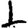
Digit: 1